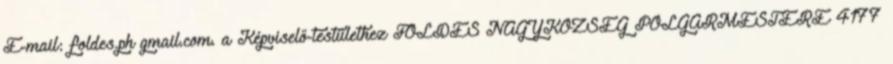
E-mail: foldes.ph gmail.com. a Képviselő-testülethez FÖLDES NAGYKÖZSÉG POLGÁRMESTERE 4177